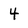
Character: 4